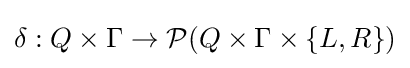
\delta :Q\times \Gamma \rightarrow {\mathcal {P}}(Q\times \Gamma \times \{L,R\})